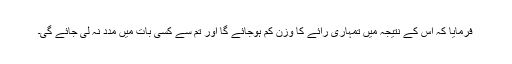
فرمایا کہ اس کے نتیجہ میں تمہاری رائے کا وزن کم ہوجائے گا اور تم سے کسی بات میں مدد نہ لی جائے گی۔